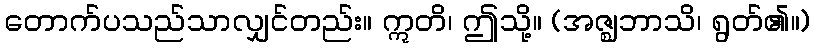
တောက်ပသည်သာလျှင်တည်း။ ဣတိ၊ ဤသို့။ (အဇ္ဈဘာသိ၊ ရွတ်၏။)